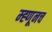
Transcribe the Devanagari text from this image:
म्ह्णूनच